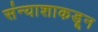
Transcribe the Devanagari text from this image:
संन्याशाकडून